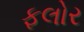
ફલોર